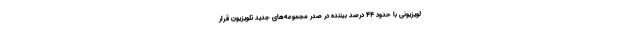
لویزیونی با حدود ۴۴ درصد بیننده در صدر مجموعه‌های جدید تلویزیون قرار